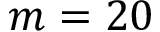
m = 2 0